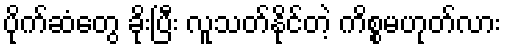
ပိုက်ဆံတွေ ခိုးပြီး လူသတ်နိုင်တဲ့ ကိစ္စမဟုတ်လား